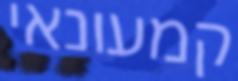
קמעונאי